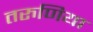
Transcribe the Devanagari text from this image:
तरुणिया